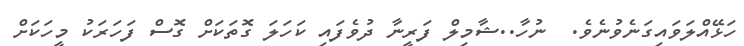
ހަޅޭއްލަވައިގަނެވުނެވެ.  ނުހާ..ޝާމިލް ފަރީނާ ދުވެފައި ކަހަލަ ގޮތަކަށް ގޮސް ފަހަރަކު މީހަކަށް